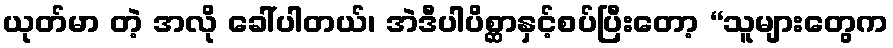
ယုတ်မာ တဲ့ အလို ခေါ်ပါတယ်၊ အဲဒီပါပိစ္ဆာနှင့်စပ်ပြီးတော့ “သူများတွေက